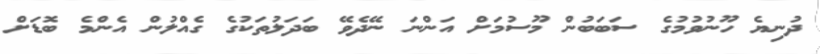
ދުނިޔެ ހޫނުވުމުގެ ސަބަބުން މޫސުމަށް އަންނަ ނޭދެވޭ ބަދަލުތަކުގެ ގެއްލުން އެންމެ ބޮޑަށް